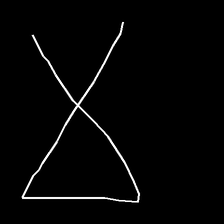
Glyph: collection